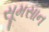
સૂમસાન